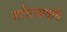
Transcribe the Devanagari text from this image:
शरीरस्रावांचे